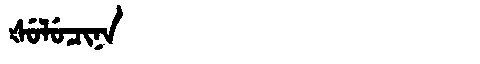
Manchu: ᡧᡠᠯᡠᠴᡳᠨᠠ
Romanization: ŠULUCINA